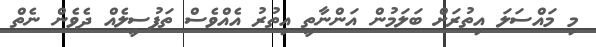
މި މައްސަލަ އިތުރަށް ބަލަމުން އަންނާތީ އިތުރު އެއްވެސް ތަފުސީލެއް ދެވެން ނެތް